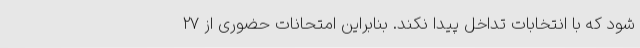
شود که با انتخابات تداخل پیدا نکند. بنابراین امتحانات حضوری از ۲۷